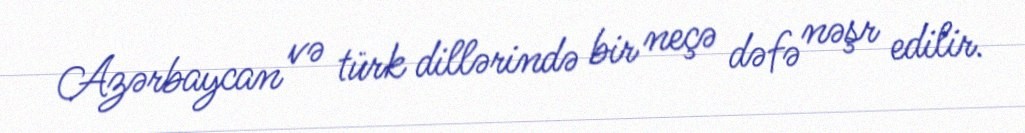
Azərbaycan və türk dillərində bir neçə dəfə nəşr edilir.